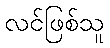
လင်ဖြစ်သူ